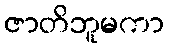
ဇာတိဘူမကာ